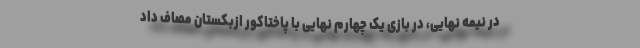
در نیمه نهایی، در بازی یک چهارم نهایی با پاختاکور ازبکستان مصاف داد